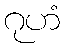
ဂုဟံ